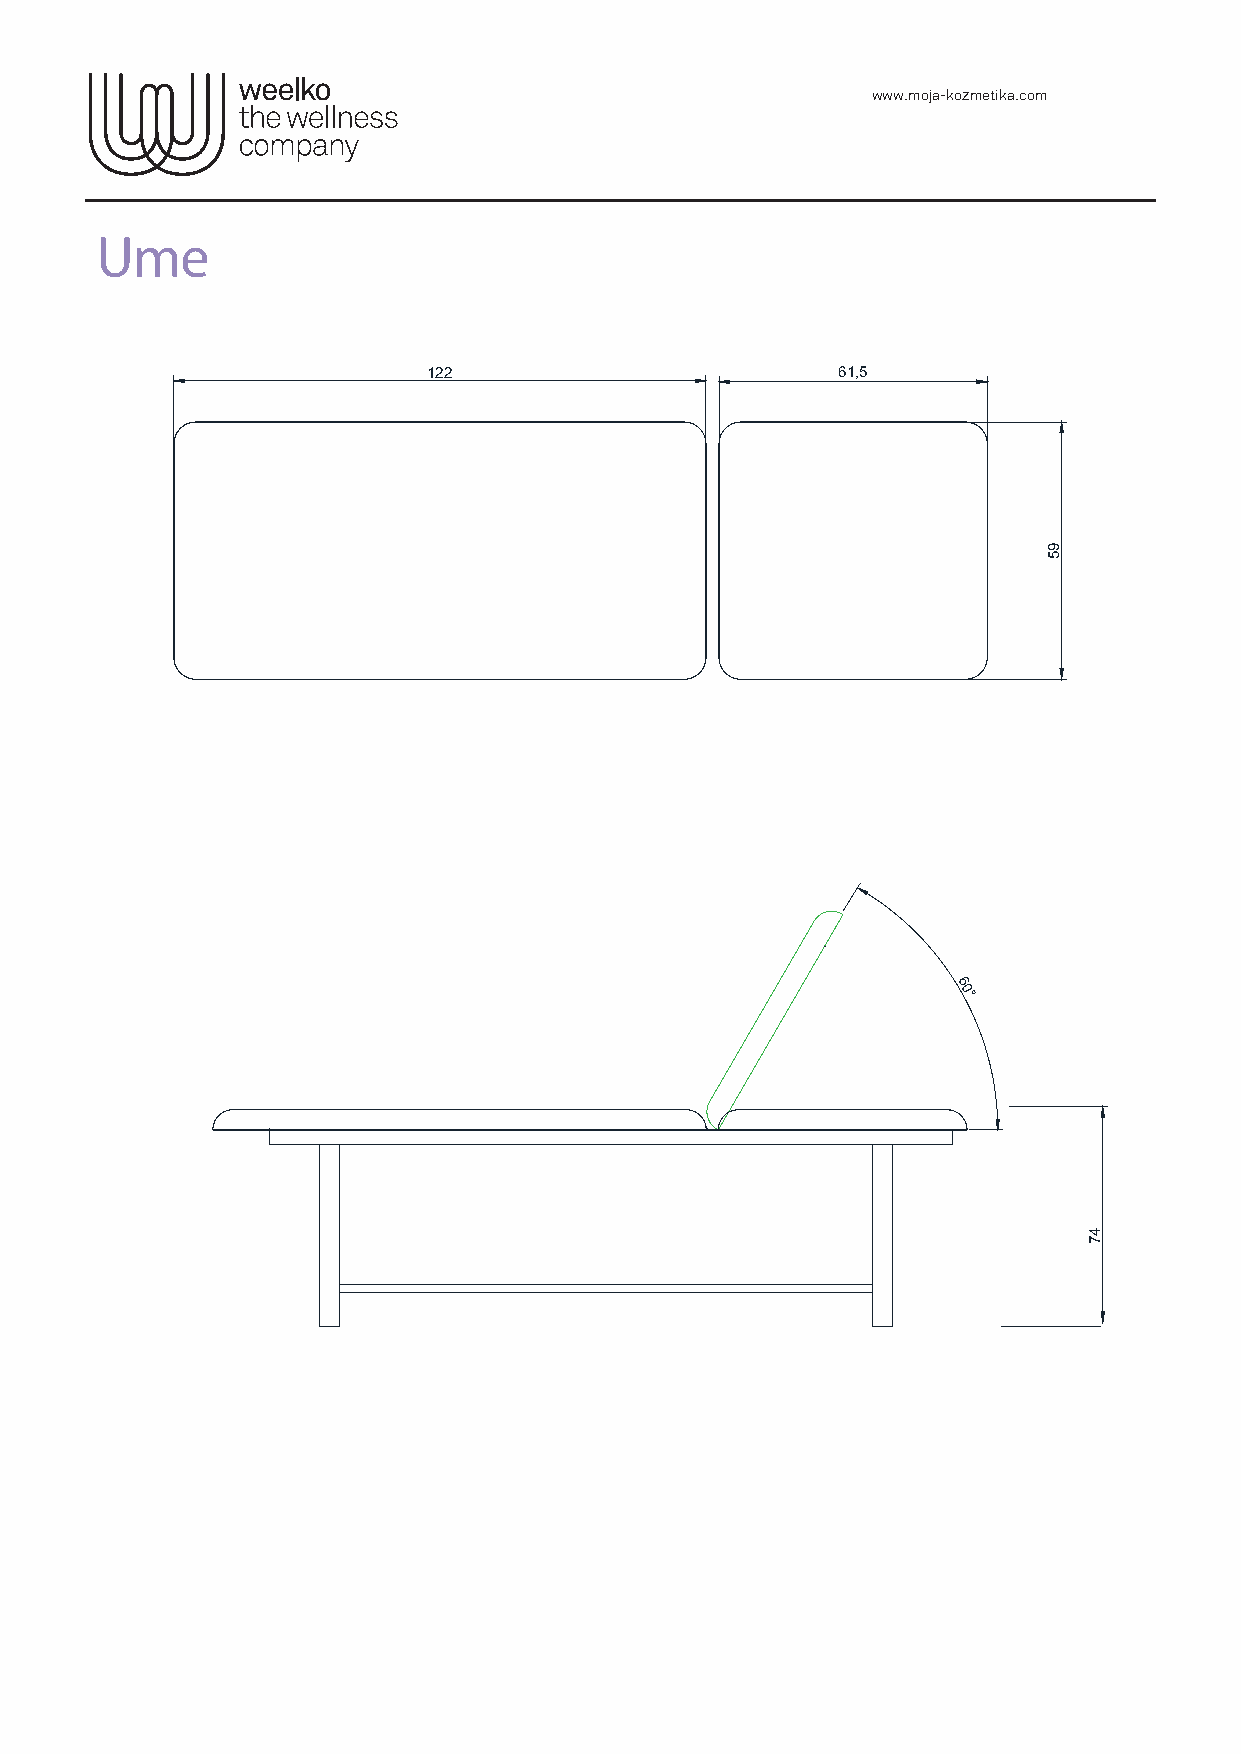
www.moja-kozmetika.com
 Ume
 122                        61,5
 6
 0°
 95
 47